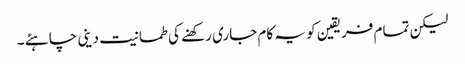
لیکن تمام فریقین کو یہ کام جاری رکھنے کی طمانیت دینی چاہئے ۔